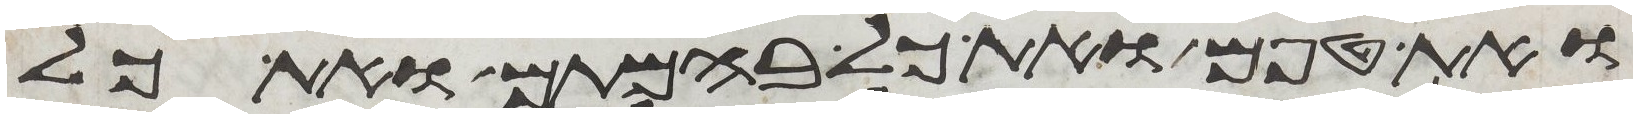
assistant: ואת טפם ואת כל בהמתם ואת כל